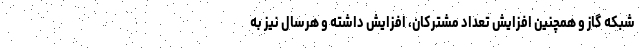
شبکه گاز و همچنین افزایش تعداد مشترکان، افزایش داشته و هرسال نیز به